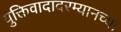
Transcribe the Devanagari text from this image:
युक्तिवादादरम्यानच्या